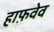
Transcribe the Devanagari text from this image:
हाफ़वेव